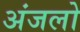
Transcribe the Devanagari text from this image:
अंजलो